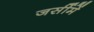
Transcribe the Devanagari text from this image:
जर्सीमें